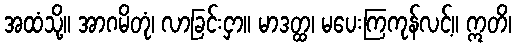
အထံသို့။ အာဂမိတုံ၊ လာခြင်းငှာ။ မာဒတ္ထ၊ မပေးကြကုန်လင့်။ ဣတိ၊